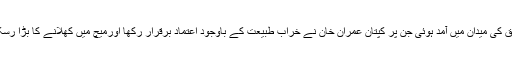
اس موقع پر مستقبل کے سپر اسٹار انضمام الحق کی میدان میں آمد ہوئی جن پر کپتان عمران خان نے خراب طبیعت کے باوجود اعتماد برقرار رکھا اورمیچ میں کھلانے کا بڑا رسک لیا، پھر یہی وہ فیصلہ تھا جو فرق ثابت ہوا۔